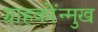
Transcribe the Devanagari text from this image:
ग्राहकोंन्‍मुख